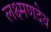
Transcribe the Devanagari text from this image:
लक्ष्‍मणदेव